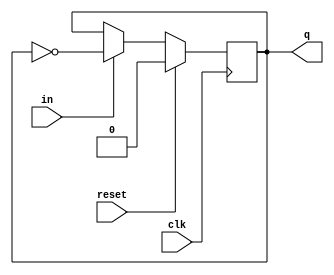
// Design a divide-by-32 binary down counter with synchronous reset. 

// divide by 32 counter is basically a counter that counts to 32. The MSB of output is the signal wwith frequency 32 times slower than the original clock.

// To design a 32 counter, we need to have a minimum of log 32 (base 2) = 5 flip flops.

module t_ff(output reg q,
            input in, clk, reset);
always @(posedge clk)
begin
    if (reset)
    q <= 1'b0;
    else
    q <= in ? ~q : q;
end
endmodule


module counter_32(output [4:0]q,
                  input clk, reset);

t_ff f0(q[0],1'b1,clk,reset);
t_ff f1(q[1],1'b1,q[0],reset);
t_ff f2(q[2],1'b1,q[1],reset);
t_ff f3(q[3],1'b1,q[2],reset);
t_ff f4(q[4],1'b1,q[3],reset);
endmodule